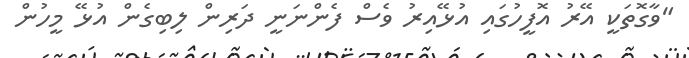
"ވާގޮތަކީ އޭރު އޮފީހުގައި އުޅޭއިރު ވެސް ފެންނަނީ ދަރިން ލިބިގެން އުޅޭ މީހުން